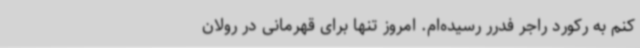
کنم به رکورد راجر فدرر رسیده‌ام. امروز تنها برای قهرمانی در رولان